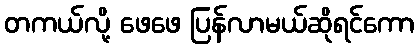
တကယ်လို့ ဖေဖေ ပြန်လာမယ်ဆိုရင်ကော